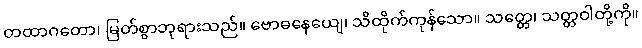
တထာဂတော၊ မြတ်စွာဘုရားသည်။ ဗောဓနေယျေ၊ သိထိုက်ကုန်သော။ သတ္တေ၊ သတ္တဝါတို့ကို။